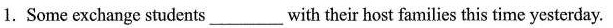
1. Some exchange students___with their host families this time yesterday.